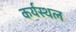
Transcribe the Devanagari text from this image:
कर्यस्थल